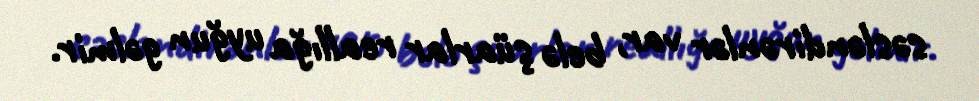
səsləndirənlər var, belə şüarlar reallığa uyğun gəlmir.